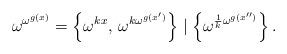
LaTeX: \begin{align*} \omega^{\omega^{g(x)}}=\left\{ \omega^{kx},\,\omega^{k\omega^{g(x')}}\right\} \mid\left\{ \omega^{\frac{1}{k}\omega^{g(x'')}}\right\} . \end{align*}